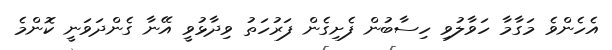
އެހެންވެ މަގާމާ ހަވާލުވި ހިސާބުން ފެށިގެން ފަރުހަތު ވިދާޅުވީ އޭނާ ގެންދަވަނީ ކޮންމެެ